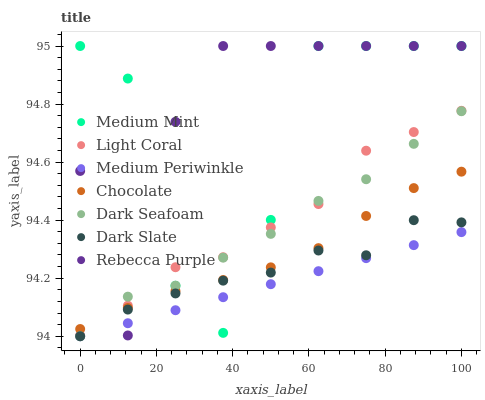
| xaxis_label | Medium Mint | Light Coral | Medium Periwinkle | Chocolate | Dark Seafoam | Dark Slate | Rebecca Purple |
 | --- | --- | --- | --- | --- | --- | --- | --- |
 | 0 | 95 | 94 | 94 | 94 | 94 | 94 | 94.6 |
 | 12.5 | 94.9 | 94.1 | 94 | 94.1 | 94.1 | 94.1 | 94 |
 | 25 | 94.2 | 94.2 | 94.1 | 94.2 | 94.2 | 94.1 | 94.7 |
 | 37.5 | 94 | 94.3 | 94.1 | 94.2 | 94.3 | 94.2 | 95 |
 | 50 | 94.4 | 94.4 | 94.2 | 94.2 | 94.4 | 94.2 | 95 |
 | 62.5 | 95 | 94.5 | 94.2 | 94.3 | 94.5 | 94.3 | 95 |
 | 75 | 95 | 94.6 | 94.3 | 94.4 | 94.5 | 94.3 | 95 |
 | 87.5 | 95 | 94.7 | 94.3 | 94.5 | 94.7 | 94.4 | 95 |
 | 100 | 95 | 94.8 | 94.4 | 94.6 | 94.8 | 94.4 | 95 |